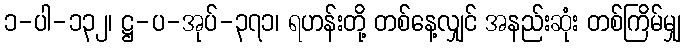
၁-ပါ-၁၃၂၊ ဋ္ဌ-ပ-အုပ်-၃၇၁၊ ရဟန်းတို့ တစ်နေ့လျှင် အနည်းဆုံး တစ်ကြိမ်မျှ